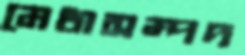
মেধাসম্পদ